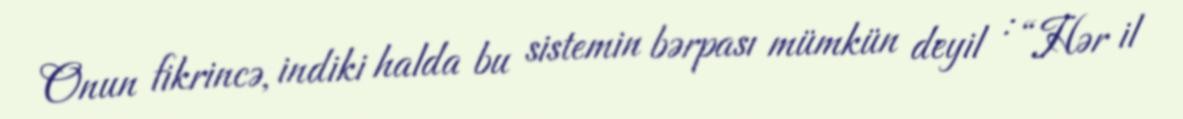
Onun fikrincə, indiki halda bu sistemin bərpası mümkün deyil : “Hər il